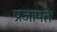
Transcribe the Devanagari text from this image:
प्रजापतेः